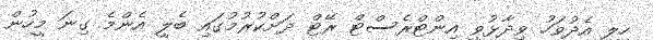
ހީލީ އެދުވަހު ވިދާޅުވީ އިންޓްރެސްޓް ރޭޓް ދަށްކުރުމުގައި ބެލީ އެންމެ ގިނަ މީހުން